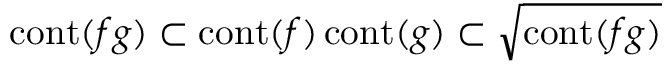
\operatorname { c o n t } ( f g ) \subset \operatorname { c o n t } ( f ) \operatorname { c o n t } ( g ) \subset { \sqrt { \operatorname { c o n t } ( f g ) } }